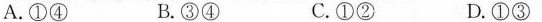
A .①④ B. ③④ C. ①② D. ①③